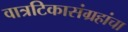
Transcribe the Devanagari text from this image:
वात्रटिकासंग्रहांचा